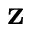
\mathbf { z }